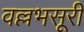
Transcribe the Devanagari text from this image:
वल्लभसूरी